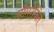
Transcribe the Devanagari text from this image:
मोमरंजित